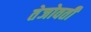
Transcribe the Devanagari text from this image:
तेजोवती